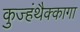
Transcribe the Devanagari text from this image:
कुज्हंथैक्कागा